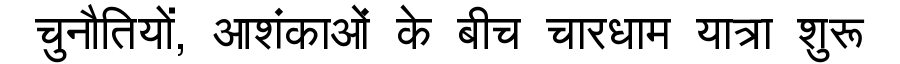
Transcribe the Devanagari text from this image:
चुनौतियों, आशंकाओं के बीच चारधाम यात्रा शुरू